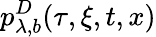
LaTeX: p_{\lambda,b}^{D}(\tau,\xi,t,x)